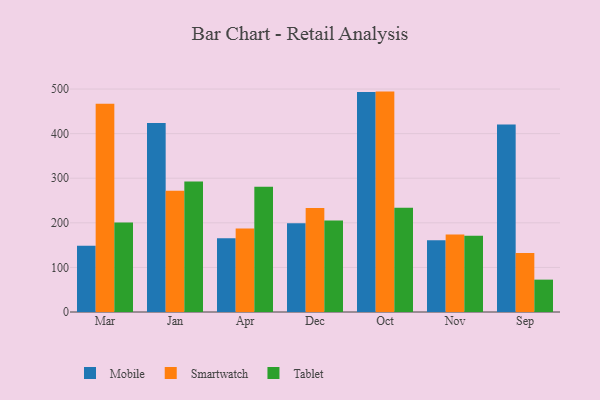
{"axis": {"x": "Month", "y": "Conversion Rate (%)"}, "legend": ["Mobile", "Smartwatch", "Tablet"], "data": [{"x": "Mar", "y": 148.6, "type": "Mobile"}, {"x": "Mar", "y": 467.1, "type": "Smartwatch"}, {"x": "Mar", "y": 200.5, "type": "Tablet"}, {"x": "Jan", "y": 423.6, "type": "Mobile"}, {"x": "Jan", "y": 272.0, "type": "Smartwatch"}, {"x": "Jan", "y": 292.9, "type": "Tablet"}, {"x": "Apr", "y": 165.6, "type": "Mobile"}, {"x": "Apr", "y": 187.1, "type": "Smartwatch"}, {"x": "Apr", "y": 280.8, "type": "Tablet"}, {"x": "Dec", "y": 199.3, "type": "Mobile"}, {"x": "Dec", "y": 233.2, "type": "Smartwatch"}, {"x": "Dec", "y": 205.1, "type": "Tablet"}, {"x": "Oct", "y": 493.6, "type": "Mobile"}, {"x": "Oct", "y": 494.3, "type": "Smartwatch"}, {"x": "Oct", "y": 233.9, "type": "Tablet"}, {"x": "Nov", "y": 160.7, "type": "Mobile"}, {"x": "Nov", "y": 174.0, "type": "Smartwatch"}, {"x": "Nov", "y": 170.9, "type": "Tablet"}, {"x": "Sep", "y": 420.3, "type": "Mobile"}, {"x": "Sep", "y": 132.1, "type": "Smartwatch"}, {"x": "Sep", "y": 72.6, "type": "Tablet"}]}